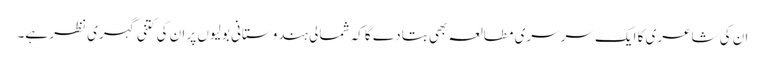
ان کی شاعری کا ایک سرسری مطالعہ بھی بتا دے گا کہ شمالی ہندوستانی بولیوں پر ان کی کتنی گہری نظر ہے۔